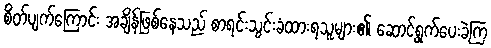
စိတ်ပျက်ကြောင်း အချိန်ဖြစ်နေသည် စာရင်းသွင်းခံထားရသူများ၏ ဆောင်ရွက်ပေးခဲ့ကြ